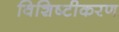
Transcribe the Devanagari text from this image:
विशिष्‍टीकरण